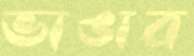
ভাঙাব